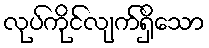
လုပ်ကိုင်လျက်ရှိသော